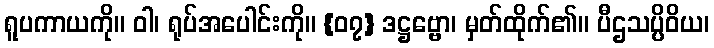
ရူပကာယကို။ ဝါ၊ ရုပ်အပေါင်းကို။ {၀၇} ဒဋ္ဌဗ္ဗော၊ မှတ်ထိုက်၏။ ပီဌသပ္ပိဝိယ၊